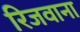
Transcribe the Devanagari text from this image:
रिजवाना